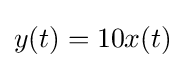
y(t)=10x(t)